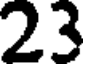
23